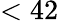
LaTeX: <42